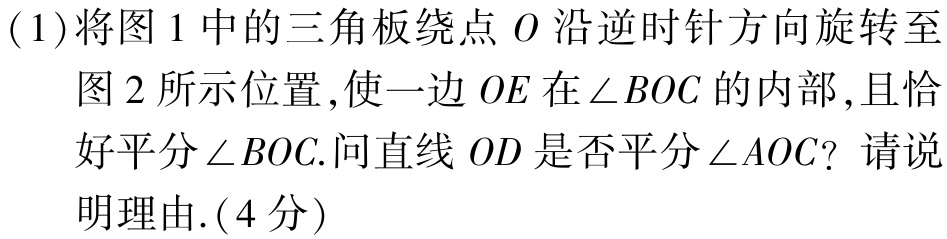
(1)将图1中的三角板绕点\(O\)沿逆时针方向旋转至

图2所示位置,使一边\(OE\)在\(\angle BOC\)的内部,且恰

好平分\(\angle BOC\).问直线\(OD\)是否平分\(\angle AOC\)? 请说

明理由.(4分)